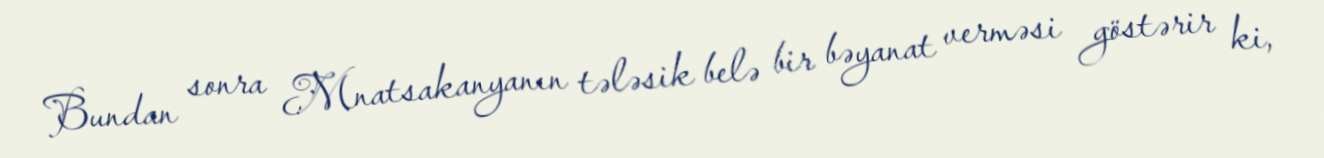
Bundan sonra Mnatsakanyanın tələsik belə bir bəyanat verməsi göstərir ki,